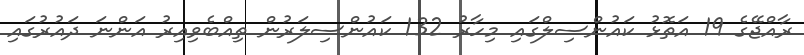
ރާއްޖޭގެ 19 އަތޮޅު ކައުންސިލްގައި މިހާރު 132 ކައުންސިލަރުން ތިއްބެވިއިރު އަންނަ ދައުރުގައި